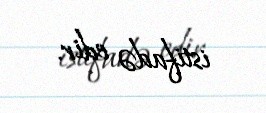
istifadə edir.